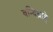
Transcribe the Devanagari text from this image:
बन्दिग्राहे